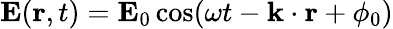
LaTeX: \mathbf{E}(\mathbf{r},t)=\mathbf{E}_{0}\cos(\omega t-\mathbf{k}\cdot\mathbf{r}+\phi_{0})